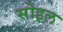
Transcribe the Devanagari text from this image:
सोइल